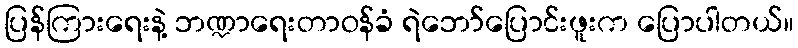
ပြန်ကြားရေးနဲ့ ဘဏ္ဍာရေးတာဝန်ခံ ရဲဘော်ပြောင်းဖူးက ပြောပါတယ်။